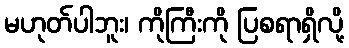
မဟုတ်ပါဘူး၊ ကိုကြီးကို ပြစရာရှိလို့